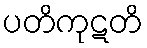
ပတိကုဋတိ